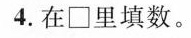
4.在 \Box 里填数。